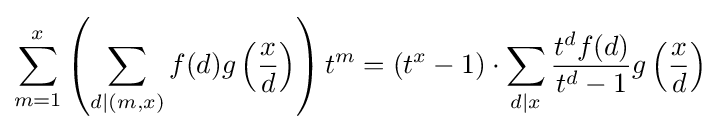
\sum _{m=1}^{x}\left(\sum _{d\mid (m,x)}f(d)g\left({\frac {x}{d}}\right)\right)t^{m}=(t^{x}-1)\cdot \sum _{d\mid x}{\frac {t^{d}f(d)}{t^{d}-1}}g\left({\frac {x}{d}}\right)